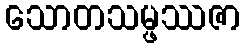
သောတသမ္ဖဿဇာ